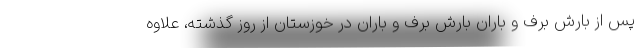
پس از بارش برف و باران بارش برف و باران در خوزستان از روز گذشته، علاوه